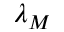
\lambda _ { M }